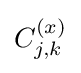
C_{j,k}^{(x)}